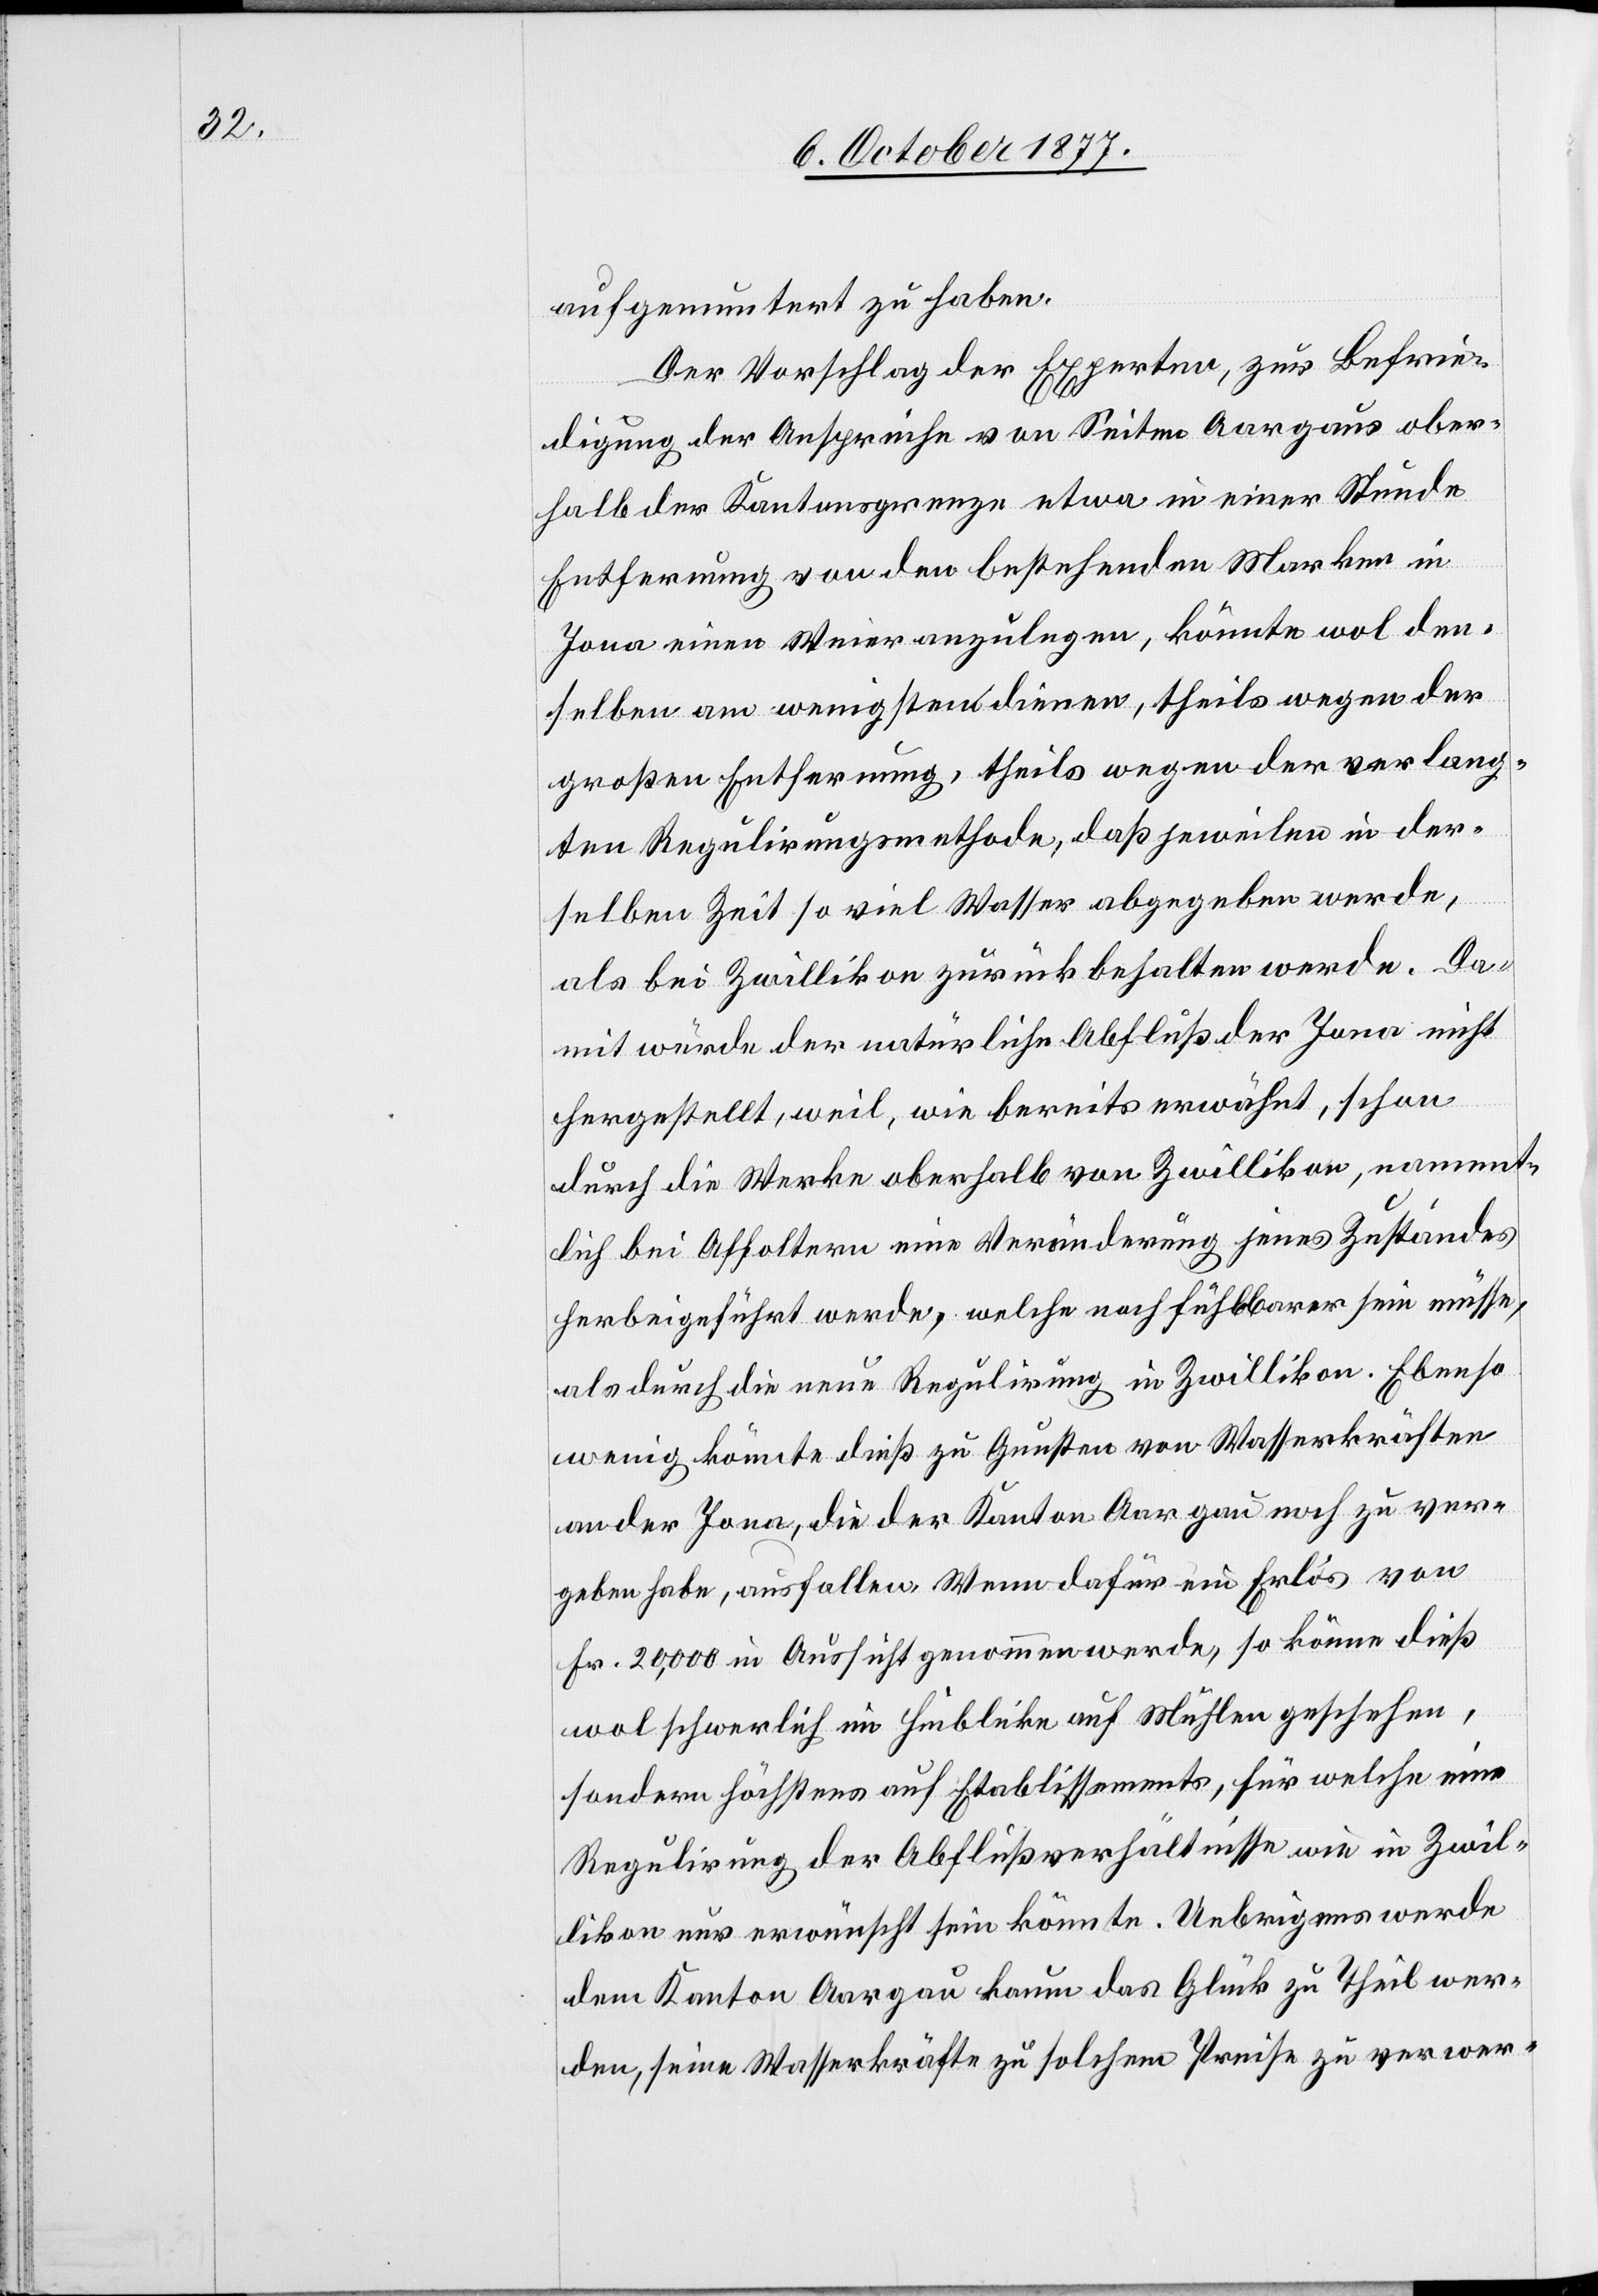
aufgemuntert zu haben.
Der Vorschlag der Experten, zur Befrie¬
digung der Ansprüche von Seiten Aargaus ober¬
halb der Kantonsgrenze etwa in einer Stunde
Entfernung von den bestehenden Marken in
Jona einen Weier anzulegen, könnte wol den¬
selben am wenigsten dienen, theils wegen der
großen Entfernung, theils wegen der verlang¬
ten Regulirungsmethode, daß jeweilen in der¬
selben Zeit so viel Wasser abgegeben werde,
als bei Zwillikon zurückbehalten werde. Da¬
mit würde der natürliche Abfluß der Jona nicht
hergestellt, weil, wie bereits erwähnt, schon
durch die Werke oberhalb von Zwillikon, nament¬
lich bei Affoltern eine Veränderung jenes Zustandes
herbeigeführt werde, welche noch fühlbarer sein müsse,
als durch die neue Regulirung in Zwillikon. Ebenso
wenig könnte dieß zu Gunsten von Wasserkräften
an der Jona, die der Kanton Aargau noch zu ver¬
geben habe, ausfallen. Wenn dafür ein Erlös von
Fr. 20,000 in Aussicht genommen werde, so könne dieß
wol schwerlich im Hinblicke auf Mühlen geschehen,
sondern höchstens auf Etablissements, für welche eine
Regulirung der Abflußverhältnisse wie in Zwil¬
likon nur erwünscht sein könnte. Uebrigens werde
dem Kanton Aargau kaum das Glück zu Theil wer¬
den, seine Wasserkräfte zu solchem Preise zu verwer-